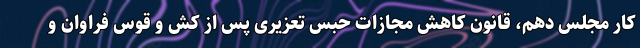
کار مجلس دهم، قانون کاهش مجازات حبس تعزیری پس از کش و قوس فراوان و